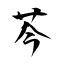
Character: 芩